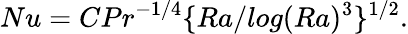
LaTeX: Nu=CPr^{-1/4}\lbrace Ra/log(Ra)^{3}\rbrace^{1/2}.